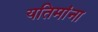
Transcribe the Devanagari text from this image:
यतिमांना